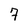
Character: 7